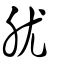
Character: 肬